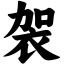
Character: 袈